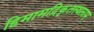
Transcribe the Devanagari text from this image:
हिमामद्रिकृतस्थलाम्